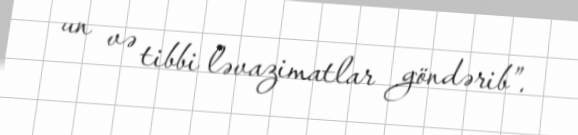
un və tibbi ləvazimatlar göndərib”.